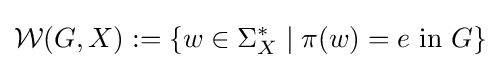
{\mathcal {W}}(G,X):=\{w\in \Sigma _{X}^{\ast }\mid \pi (w)=e{\text{ in }}G\}